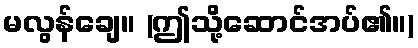
မလွန်ချေ။ (ဤသို့ဆောင်အပ်၏။)